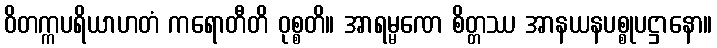
ဝိတက္ကပရိယာဟတံ ကရောတီတိ ဝုစ္စတိ။ အာရမ္မဏေ စိတ္တဿ အာနယနပစ္စုပဋ္ဌာနော။